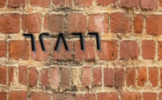
٦٢٨٦٦